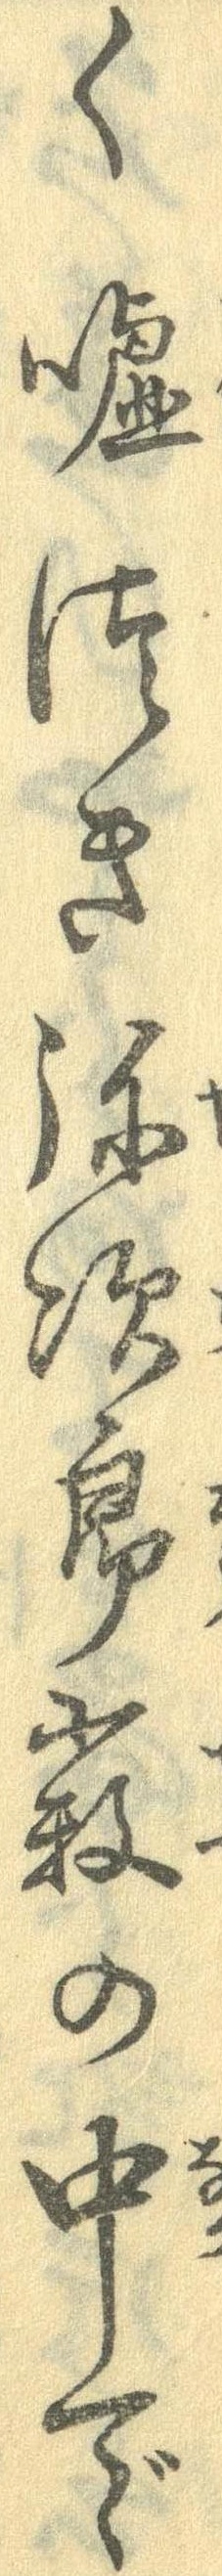
く嘘つき弥次郎薮の中で